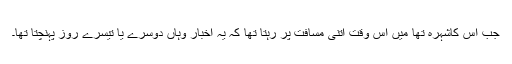
جب اس کاشہرہ تھا میں اس وقت اتنی مسافت پر رہتا تھا کہ یہ اخبار وہاں دوسرے یا تیسرے روز پہنچتا تھا۔